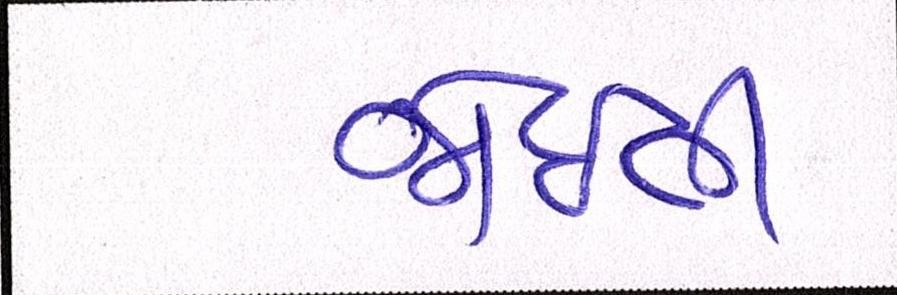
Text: જોઈતી